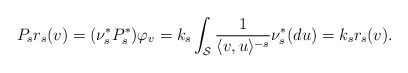
\begin{align*}P_s r_{s}(v) = (\nu_s^* P_s^*) \varphi_{v} = k_{s} \int_{\mathcal{S}} \frac{1}{\langle v, u\rangle^{-s} } \nu_{s}^*(du)= k_{s} r_{s}(v). \end{align*}